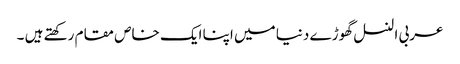
عربی النسل گھوڑے دنیا میں اپنا ایک خاص مقام رکھتے ہیں ۔